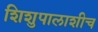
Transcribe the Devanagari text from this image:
शिशुपालाशीच